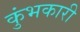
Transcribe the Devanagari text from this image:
कुंभकारी